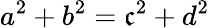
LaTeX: a^{2}+b^{2}=\mathfrak{c}^{2}+d^{2}